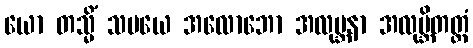
ယော တသ္မိံ သမယေ အလောဘော အလုဗ္ဘနာ အလုဗ္ဘိတတ္တံ